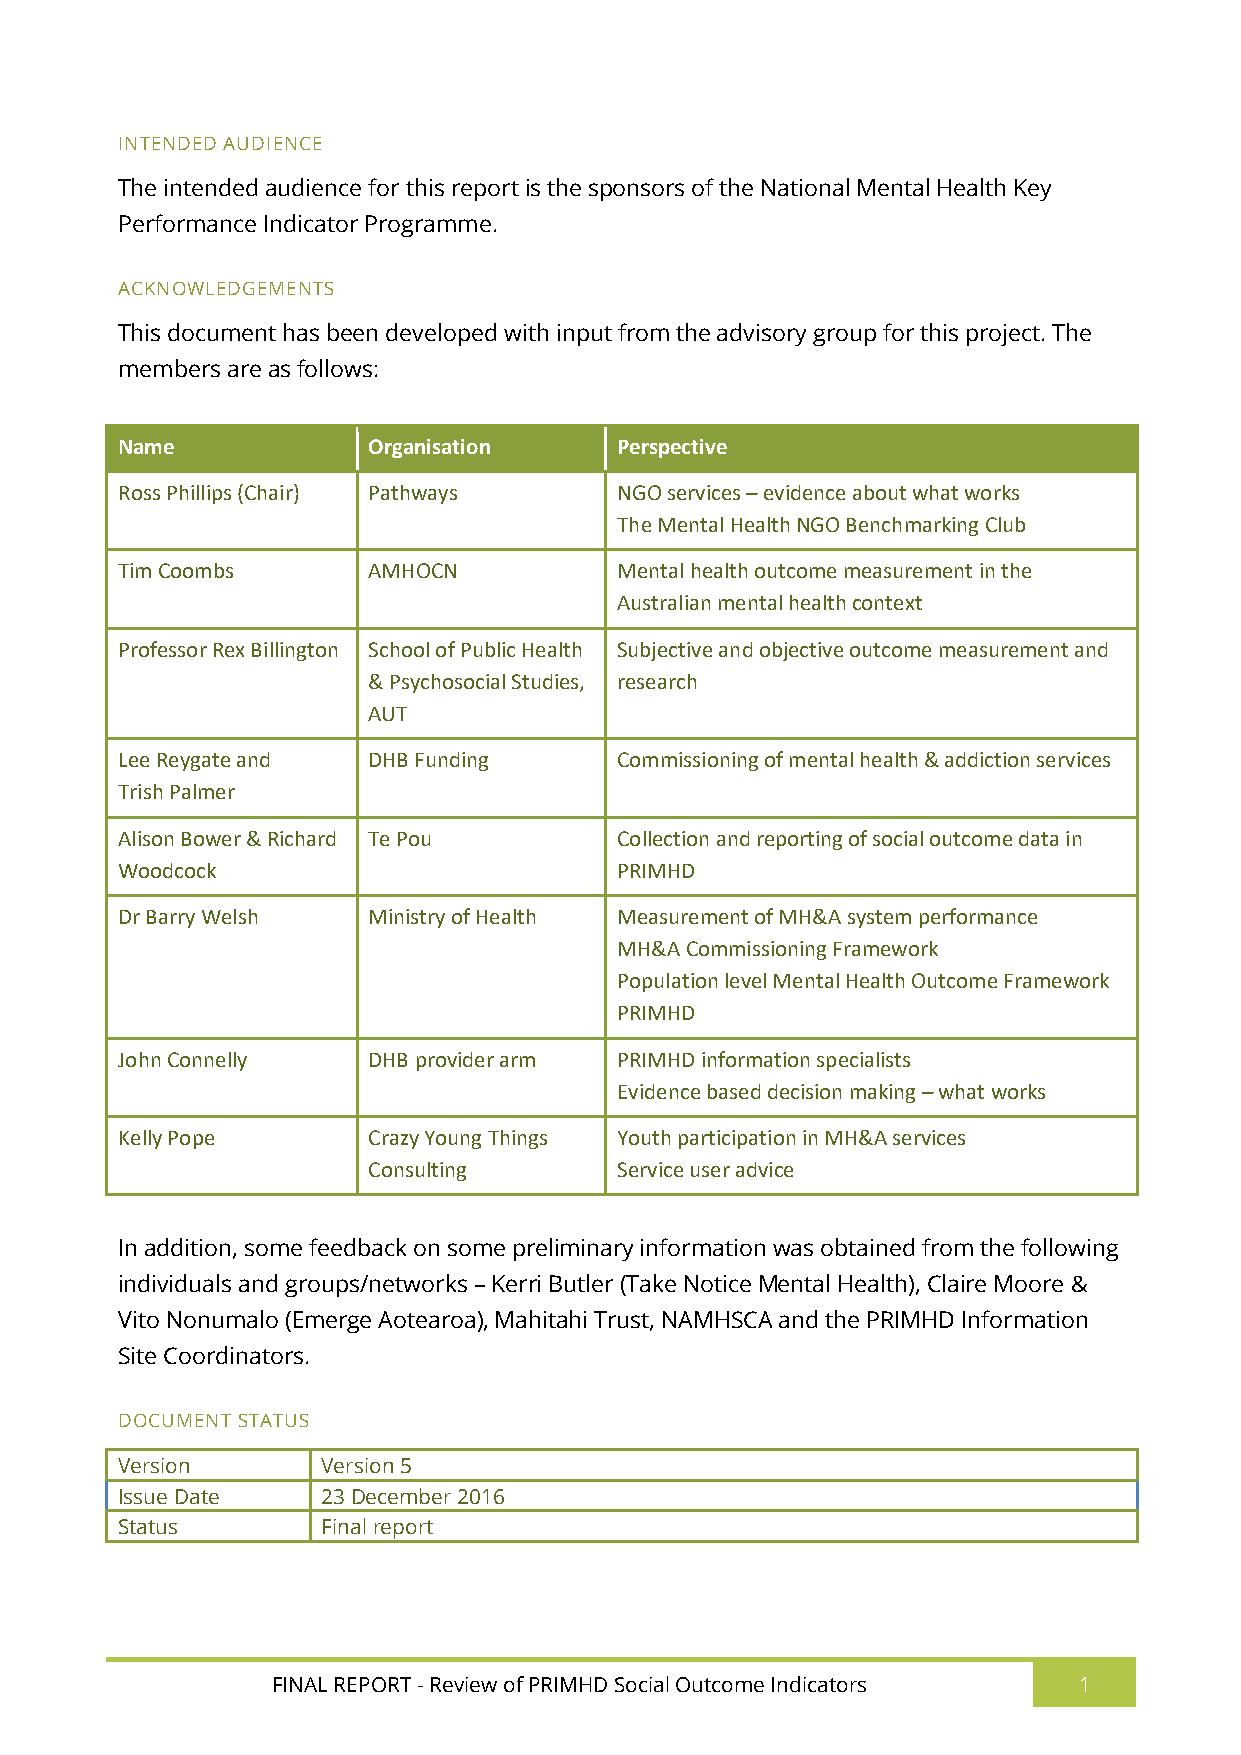
INTENDED AUDIENCE
 The intended audience for this report is the sponsors of the National Mental Health Key
 Performance Indicator Programme.
 ACKNOWLEDGEMENTS
 This document has been developed with input from the advisory group for this project. The
 members are as follows:
 Name            Organisation     Perspective
 Ross Phillips (Chair) Pathways   NGO services – evidence about what works
 The Mental Health NGO Benchmarking Club
 Tim Coombs      AMHOCN           Mental health outcome measurement in the
 Australian mental health context
 Professor Rex Billington School of Public Health Subjective and objective outcome measurement and
 & Psychosocial Studies, research
 AUT
 Lee Reygate and DHB Funding      Commissioning of mental health & addiction services
 Trish Palmer
 Alison Bower & Richard Te Pou    Collection and reporting of social outcome data in
 Woodcock                         PRIMHD
 Dr Barry Welsh  Ministry of Health Measurement of MH&A system performance
 MH&A Commissioning Framework
 Population level Mental Health Outcome Framework
 PRIMHD
 John Connelly   DHB provider arm PRIMHD information specialists
 Evidence based decision making – what works
 Kelly Pope      Crazy Young Things Youth participation in MH&A services
 Consulting       Service user advice
 In addition, some feedback on some preliminary information was obtained from the following
 individuals and groups/networks – Kerri Butler (Take Notice Mental Health), Claire Moore &
 Vito Nonumalo (Emerge Aotearoa), Mahitahi Trust, NAMHSCA and the PRIMHD Information
 Site Coordinators.
 DOCUMENT STATUS
 Version      Version 5
 Issue Date   23 December 2016
 Status       Final report
 FINAL REPORT - Review of PRIMHD Social Outcome Indicators 1